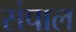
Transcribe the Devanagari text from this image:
संपाल